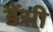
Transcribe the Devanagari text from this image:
डैंसी